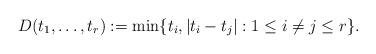
LaTeX: \begin{align*} D(t_1, \ldots, t_r) := \min\{t_i, |t_i - t_j|: 1 \leq i \neq j \leq r\}. \end{align*}